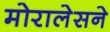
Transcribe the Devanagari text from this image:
मोरालेसने